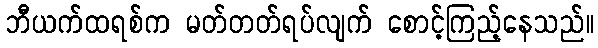
ဘီယက်ထရစ်က မတ်တတ်ရပ်လျက် စောင့်ကြည့်နေသည်။